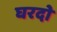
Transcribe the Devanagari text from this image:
घरदो